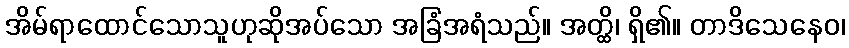
အိမ်ရာထောင်သောသူဟုဆိုအပ်သော အခြံအရံသည်။ အတ္ထိ၊ ရှိ၏။ တာဒိသေနေဝ၊